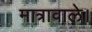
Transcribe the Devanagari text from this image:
मात्रावाले।